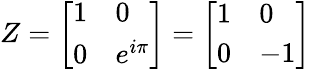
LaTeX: Z={\left[\begin{array}{ll}{1}&{0}\\ {0}&{e^{i\pi}}\end{array}\right]}={\left[\begin{array}{ll}{1}&{0}\\ {0}&{-1}\end{array}\right]}